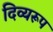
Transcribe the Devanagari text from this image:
दिव्यरूप